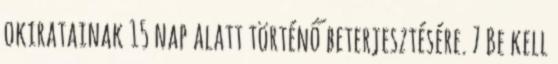
okiratainak 15 nap alatt történő beterjesztésére. 7 Be kell